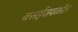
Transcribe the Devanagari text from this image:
वसईजवळील